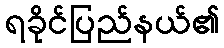
ရခိုင်ပြည်နယ်၏